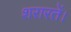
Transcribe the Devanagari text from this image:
शरारतें।